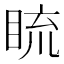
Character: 𥆨